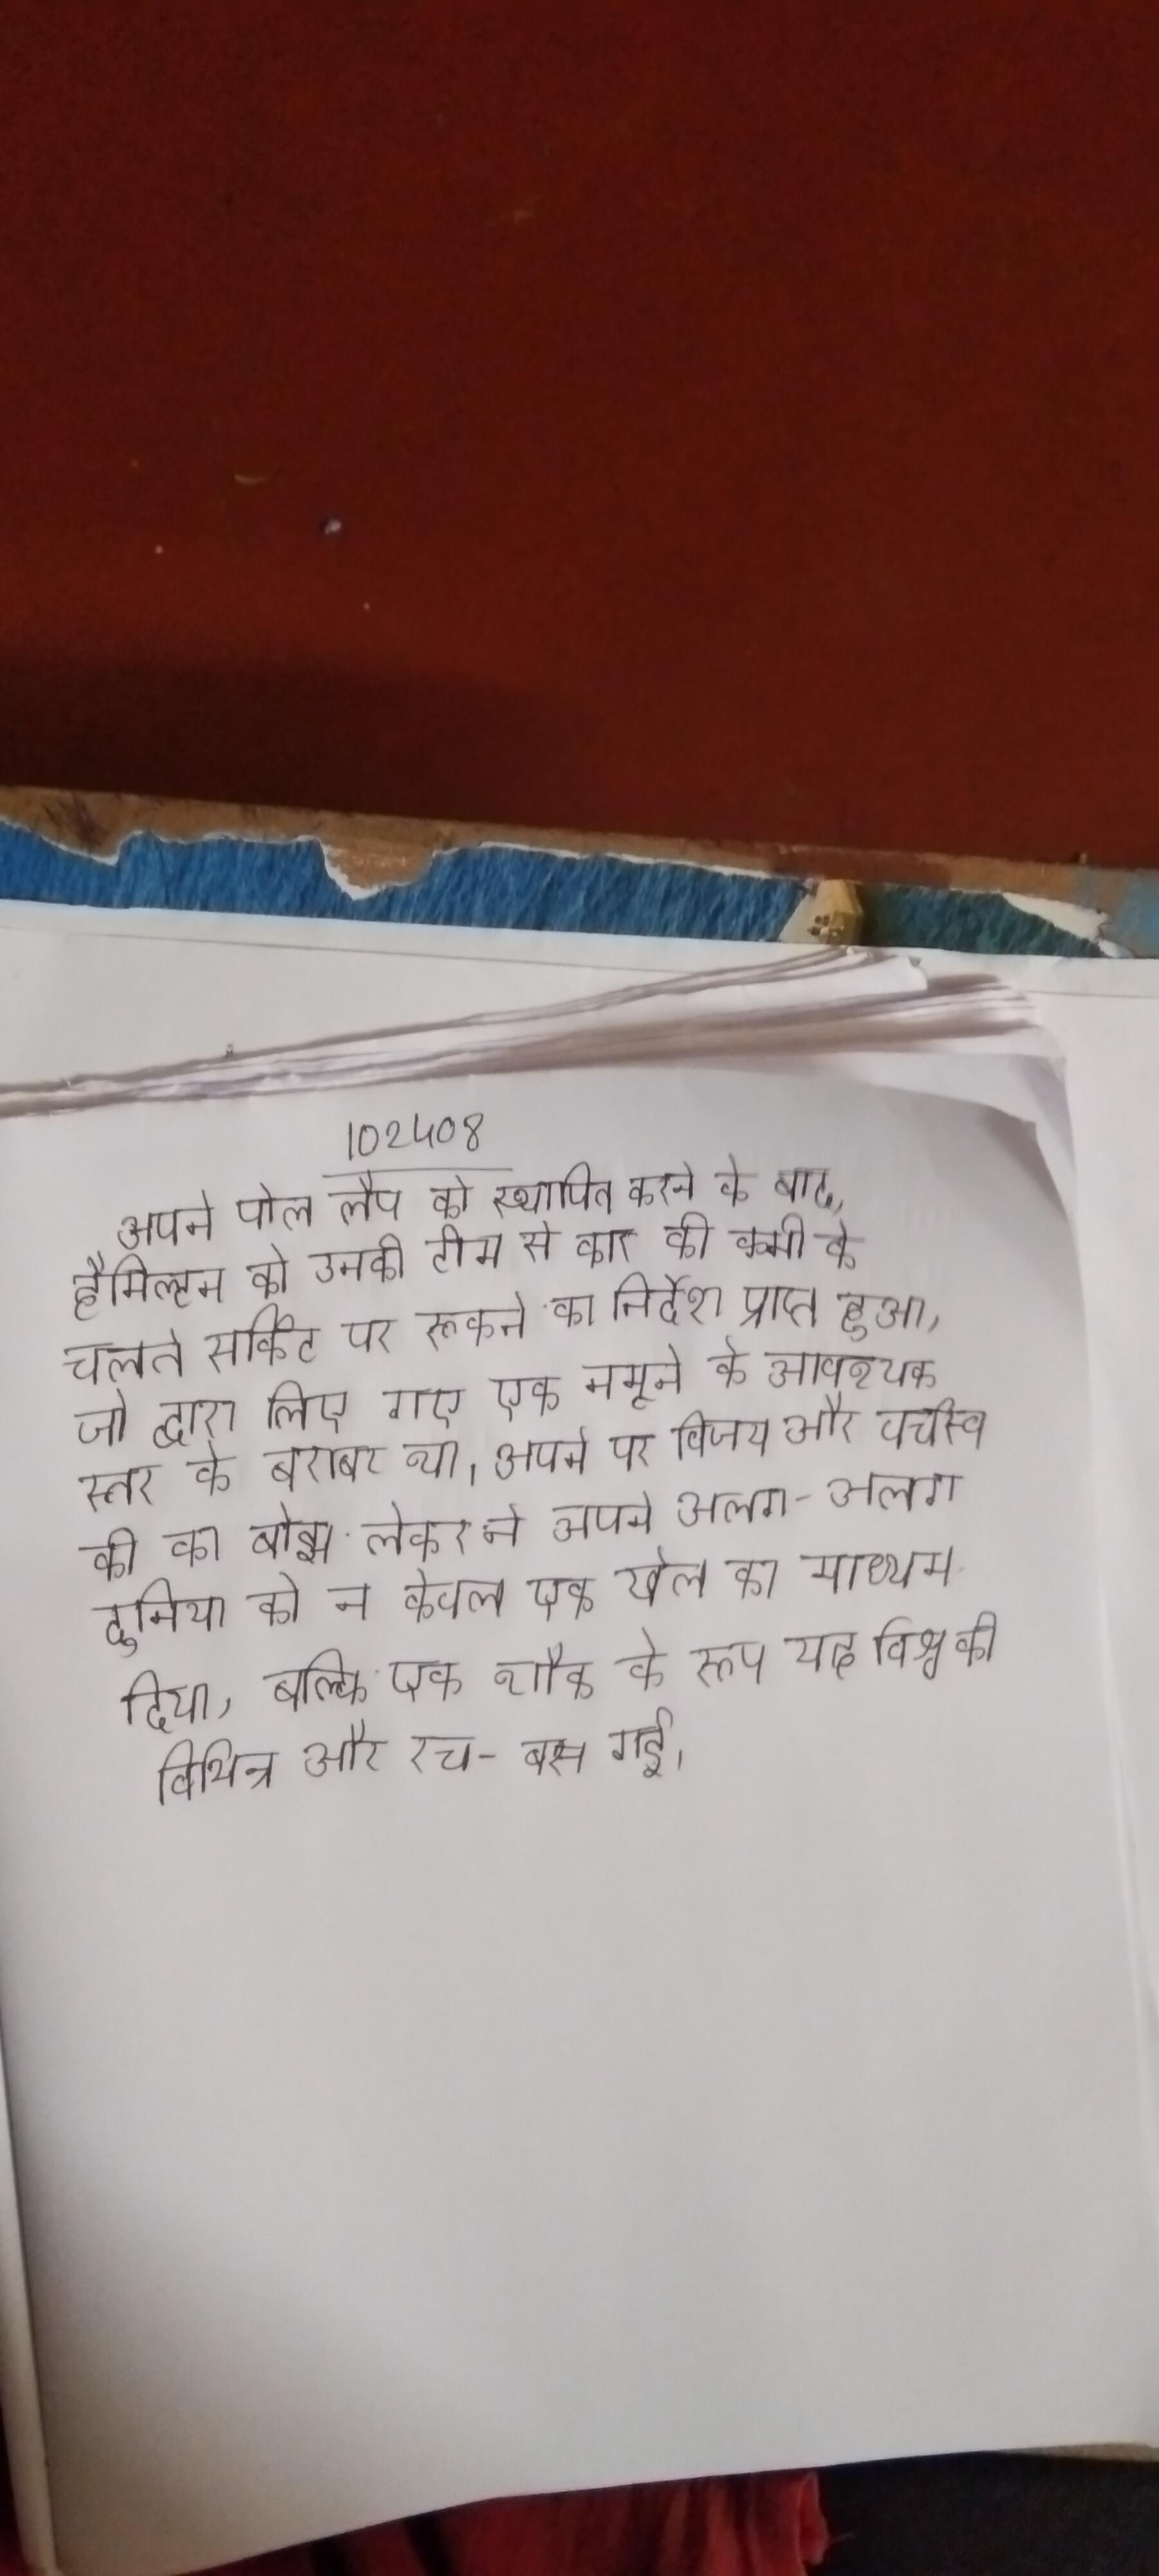
अपने पोल लैप को स्थापित करने के बाद, हैमिल्टन को उनकी टीम से कार की कमी के चलते सर्किट पर रूकने का निर्देश प्राप्त हुआ, जो द्वारा लिए गए एक नमूने के आवश्यक स्तर के बराबर था । अपने पर विजय और वर्चस्व की का बोझ लेकर ने अपने अलग-अलग दुनिया को न केवल एक खेल का माध्यम दिया, बल्कि एक शौक के रूप यह विश्व की विभिन्न और रच-बस गई ।